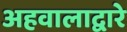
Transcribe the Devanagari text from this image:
अहवालाद्वारे